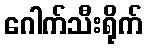
ဂေါက်သီးရိုက်